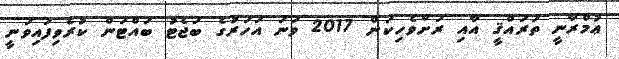
ޢުމްރާނީ ތަރައްޤީ އާއި ރަށްވެހިކަން 2017 ވަނަ އަހަރުގެ ބަޖެޓު ބައްޓަން ކުރެވިފައިވަނީ